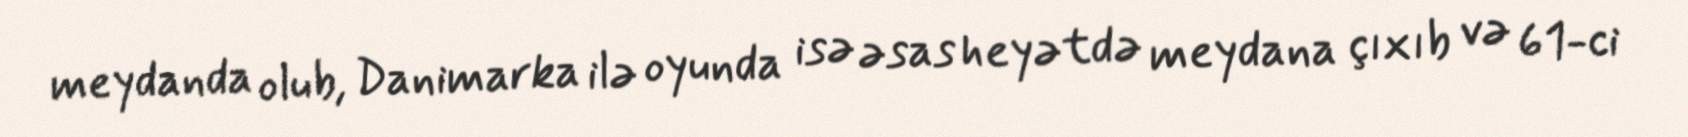
meydanda olub, Danimarka ilə oyunda isə əsas heyətdə meydana çıxıb və 61-ci